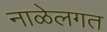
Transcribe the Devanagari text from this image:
नाळेलगत